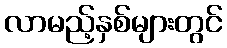
လာမည့်နှစ်များတွင်